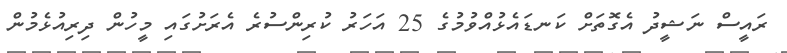
ރައީސް ނަޝީދު އެގޮތަށް ކަނޑައެޅުއްވުމުގެ 25 އަހަރު ކުރިންސުރެ އެރަށުގައި މީހުން ދިރިއުޅެމުން